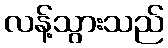
လန့်သွားသည်